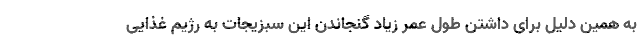
به همین دلیل برای داشتن طول عمر زیاد گنجاندن این سبزیجات به رژیم غذایی